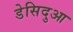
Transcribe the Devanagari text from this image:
डेसिदुआ